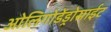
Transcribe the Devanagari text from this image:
ओलिगोडेंड्रोसाईट